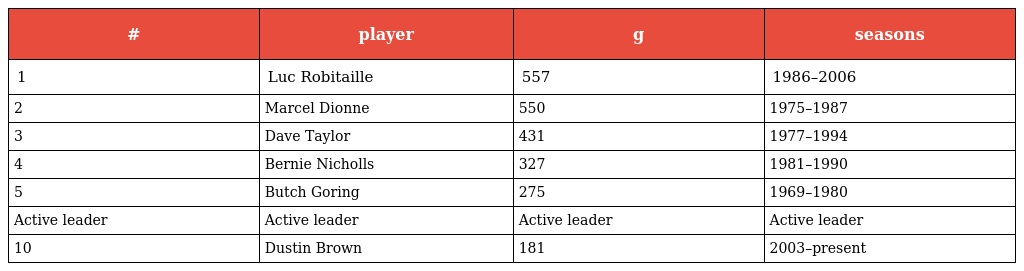
| # | player | g | seasons |
 | --- | --- | --- | --- |
 | 1 | Luc Robitaille | 557 | 1986–2006 |
 | 2 | Marcel Dionne | 550 | 1975–1987 |
 | 3 | Dave Taylor | 431 | 1977–1994 |
 | 4 | Bernie Nicholls | 327 | 1981–1990 |
 | 5 | Butch Goring | 275 | 1969–1980 |
 | Active leader | Active leader | Active leader | Active leader |
 | 10 | Dustin Brown | 181 | 2003–present |